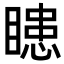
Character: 瞣